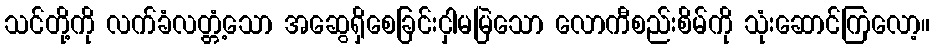
သင်တို့ကို လက်ခံလတ္တံ့သော အဆွေရှိစေခြင်းငှါမမြဲသော လောကီစည်းစိမ်ကို သုံးဆောင်ကြလော့။